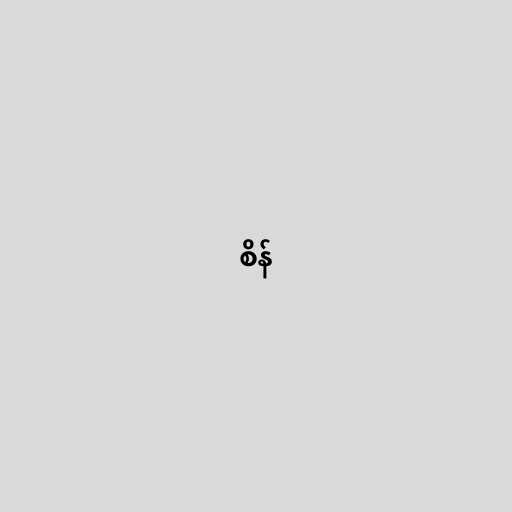
စိန်